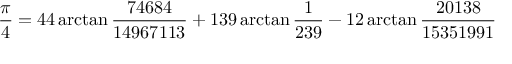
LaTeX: { \frac { \pi } { 4 } } = 4 4 \arctan { \frac { 7 4 6 8 4 } { 1 4 9 6 7 1 1 3 } } + 1 3 9 \arctan { \frac { 1 } { 2 3 9 } } - 1 2 \arctan { \frac { 2 0 1 3 8 } { 1 5 3 5 1 9 9 1 } }